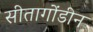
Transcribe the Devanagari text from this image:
सीतागोंडीन